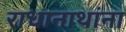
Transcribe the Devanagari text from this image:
राधानाथांना